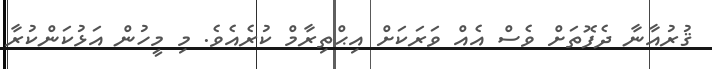
ޤުރުއާނާ ދެފޮތަށް ވެސް އެއް ވަރަކަށް އިޙްތިރާމް ކުރެއެވެ. މި މީހުން އަޅުކަންކުރާ